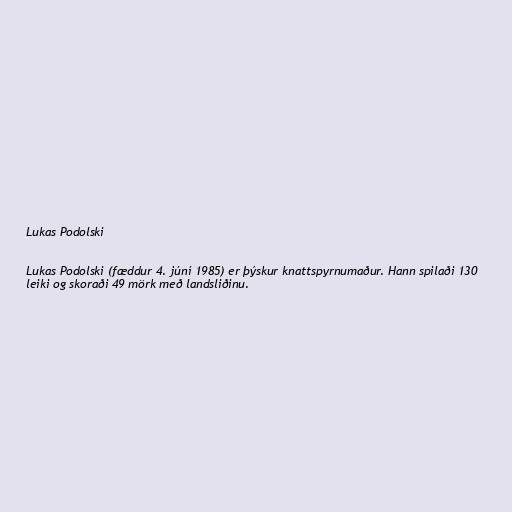
Lukas Podolski

Lukas Podolski (fæddur 4. júní 1985) er þýskur knattspyrnumaður. Hann spilaði 130
leiki og skoraði 49 mörk með landsliðinu.